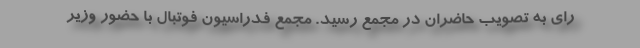
رای به تصویب حاضران در مجمع رسید. مجمع فدراسیون فوتبال با حضور وزیر